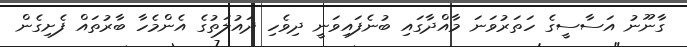
ގާނޫނު އަސާސީގެ ހަތަރުވަނަ މާއްދާގައި ބުނެފައިވަނީ ދިވެހި ދައުލަތުގެ އެންމެހާ ބާރުތައް ފެށިގެން